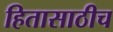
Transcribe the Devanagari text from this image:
हितासाठीच